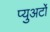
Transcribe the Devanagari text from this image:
प्युअर्टो